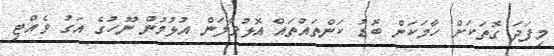
މިފަދަ ގޮތަކަށް ހާމަކަން ބޮޑު ކަންތައްތައް އޮޅުވާލަން އުޅުމުން ނޫހުގެ އަގު ވެއްޓި